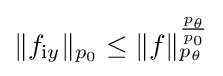
{\textstyle \lVert f_{\mathrm {i} y}\rVert _{p_{0}}\leq \lVert f\rVert _{p_{\theta }}^{\frac {p_{\theta }}{p_{0}}}}